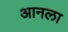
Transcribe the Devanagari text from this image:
आनला